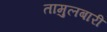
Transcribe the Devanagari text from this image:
तामुलबारी